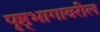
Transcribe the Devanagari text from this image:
पृष्ठ्भागावरील